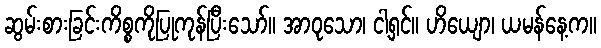
ဆွမ်းစားခြင်းကိစ္စကိုပြုကုန်ပြီးသော်။ အာဝုသော၊ ငါ့ရှင်။ ဟိယျော၊ ယမန်နေ့က။